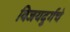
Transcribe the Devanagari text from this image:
विजयदुर्गचे